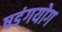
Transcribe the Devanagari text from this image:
षडंगयोग